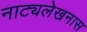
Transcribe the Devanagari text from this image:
नाट्यलेखनास